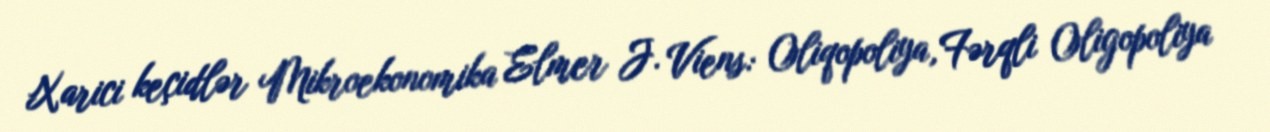
Xarici keçidlər Mikroekonomika Elmer J. Viens: Oliqopoliya, Fərqli Oligopoliya